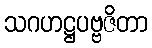
သဂဟဋ္ဌပဗ္ဗဇိတာ